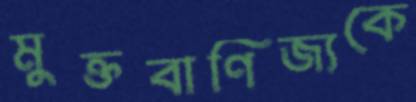
মুক্তবাণিজ্যকে